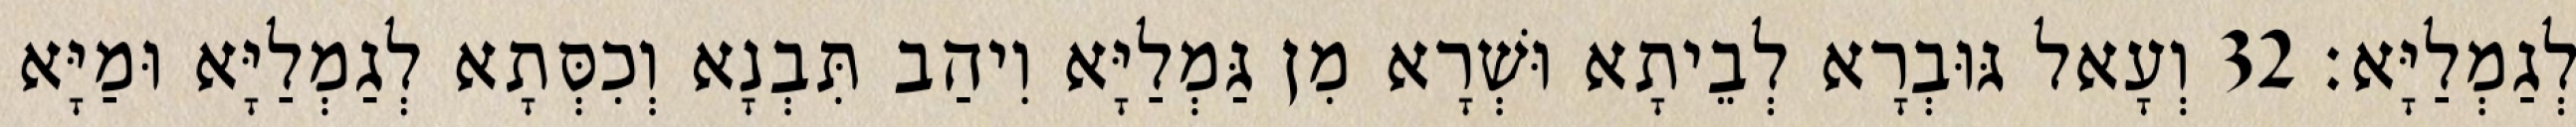
לְגַמְלַיָּא׃ 32 וְעָאל גּוּבְרָא לְבֵיתָא וּשְׁרָא מִן גַּמְלַיָּא וִיהַב תִּבְנָא וְכִסְּתָא לְגַמְלַיָּא וּמַיָּא